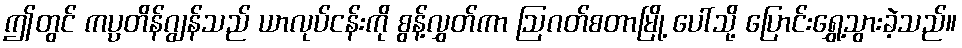
ဤတွင် ကပ္ပတိန်ဂျွန်သည် ယာလုပ်ငန်းကို စွန့်လွှတ်ကာ ဩဂတ်စတာမြို့ ပေါ်သို့ ပြောင်းရွှေ့သွားခဲ့သည်။